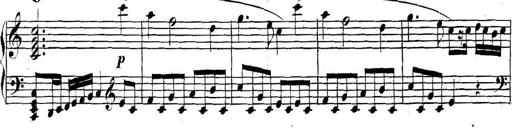
Title: Collected Piano Sonatas
Composer: Muzio Clementi